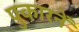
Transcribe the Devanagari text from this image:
पुकारनें